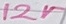
Text: 12V